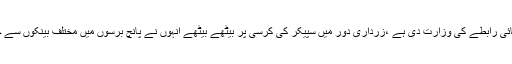
فہمیدہ مرزا جسے تحریک انصاف نے صوبائی رابطے کی وزارت دی ہے ،زرداری دور میں سپیکر کی کرسی پر بیٹھے بیٹھے انہوں نے پانچ برسوں میں مختلف بینکوں سے چوراسی کروڑ روپے کا قرضہ معاف کرایا۔